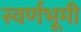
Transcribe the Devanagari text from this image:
स्वर्णभूमी